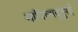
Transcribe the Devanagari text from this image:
मायिलादुतुरई